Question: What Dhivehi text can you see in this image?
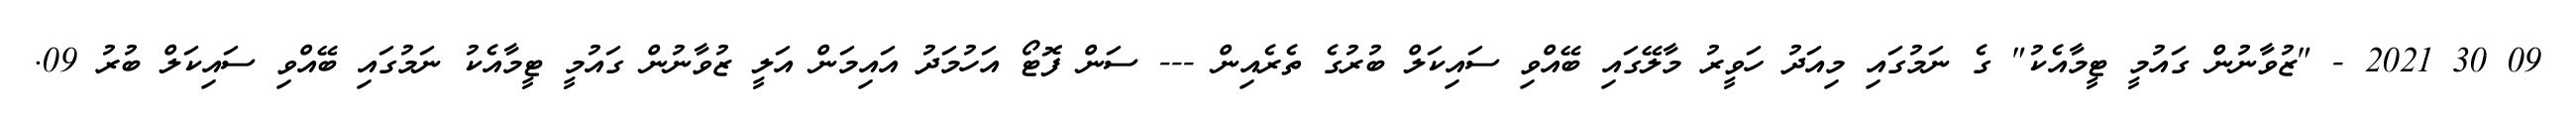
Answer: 09 30 2021 - "ޒުވާނުން ގައުމީ ޓީމާއެކު" ގެ ނަމުގައި މިއަދު ހަވީރު މާލޭގައި ބޭއްވި ސައިކަލް ބުރުގެ ތެރެއިން --- ސަން ފޮޓޯ އަހުމަދު އައިމަން އަލީ ޒުވާނުން ގައުމީ ޓީމާއެކު ނަމުގައި ބޭއްވި ސައިކަލް ބުރު 09.